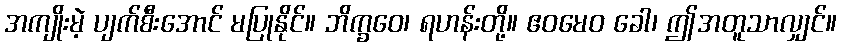
အကျိုးမဲ့ ပျက်စီးအောင် မပြုနိုင်။ ဘိက္ခဝေ၊ ရဟန်းတို့။ ဧဝမေဝ ခေါ၊ ဤအတူသာလျှင်။